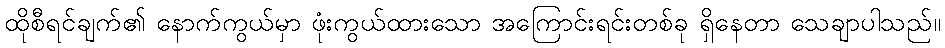
ထိုစီရင်ချက်၏ နောက်ကွယ်မှာ ဖုံးကွယ်ထားသော အကြောင်းရင်းတစ်ခု ရှိနေတာ သေချာပါသည်။